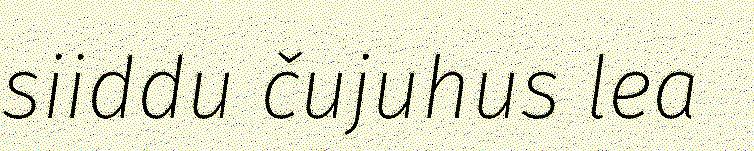
siiddu čujuhus lea